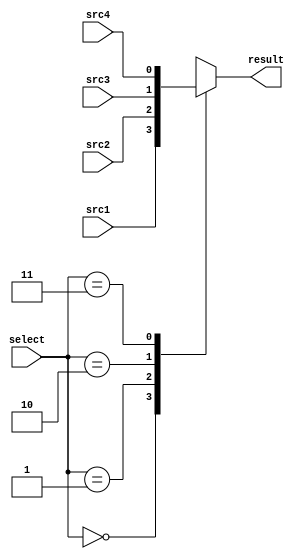
module MUX4to1(
	input			src1,
	input			src2,
	input			src3,
	input			src4,
	input   [2-1:0] select,
	output reg		result
	);
/* Write your code HERE */
	
always @(*) begin
	case(select)
		0: result = src1;
		1: result = src2;
		2: result = src3;
		3: result = src4;
	endcase
end
endmodule